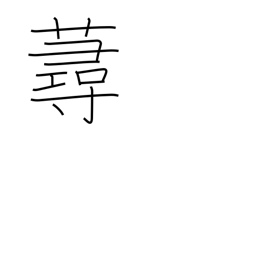
Meaning: a kind of grass